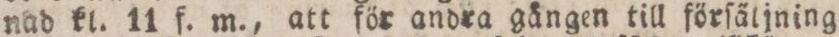
nad kl. 11 f. m., att för andra gången till förſäljning